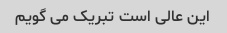
این عالی است تبریک می گویم